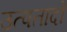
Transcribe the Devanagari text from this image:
उत्पतादों